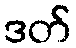
ဒတ်